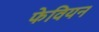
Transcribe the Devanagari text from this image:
फेवियन